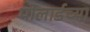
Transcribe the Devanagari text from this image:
पोलार्डच्या